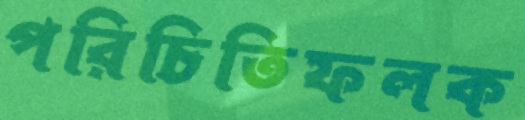
পরিচিতিফলক